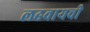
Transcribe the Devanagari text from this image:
लढवायची